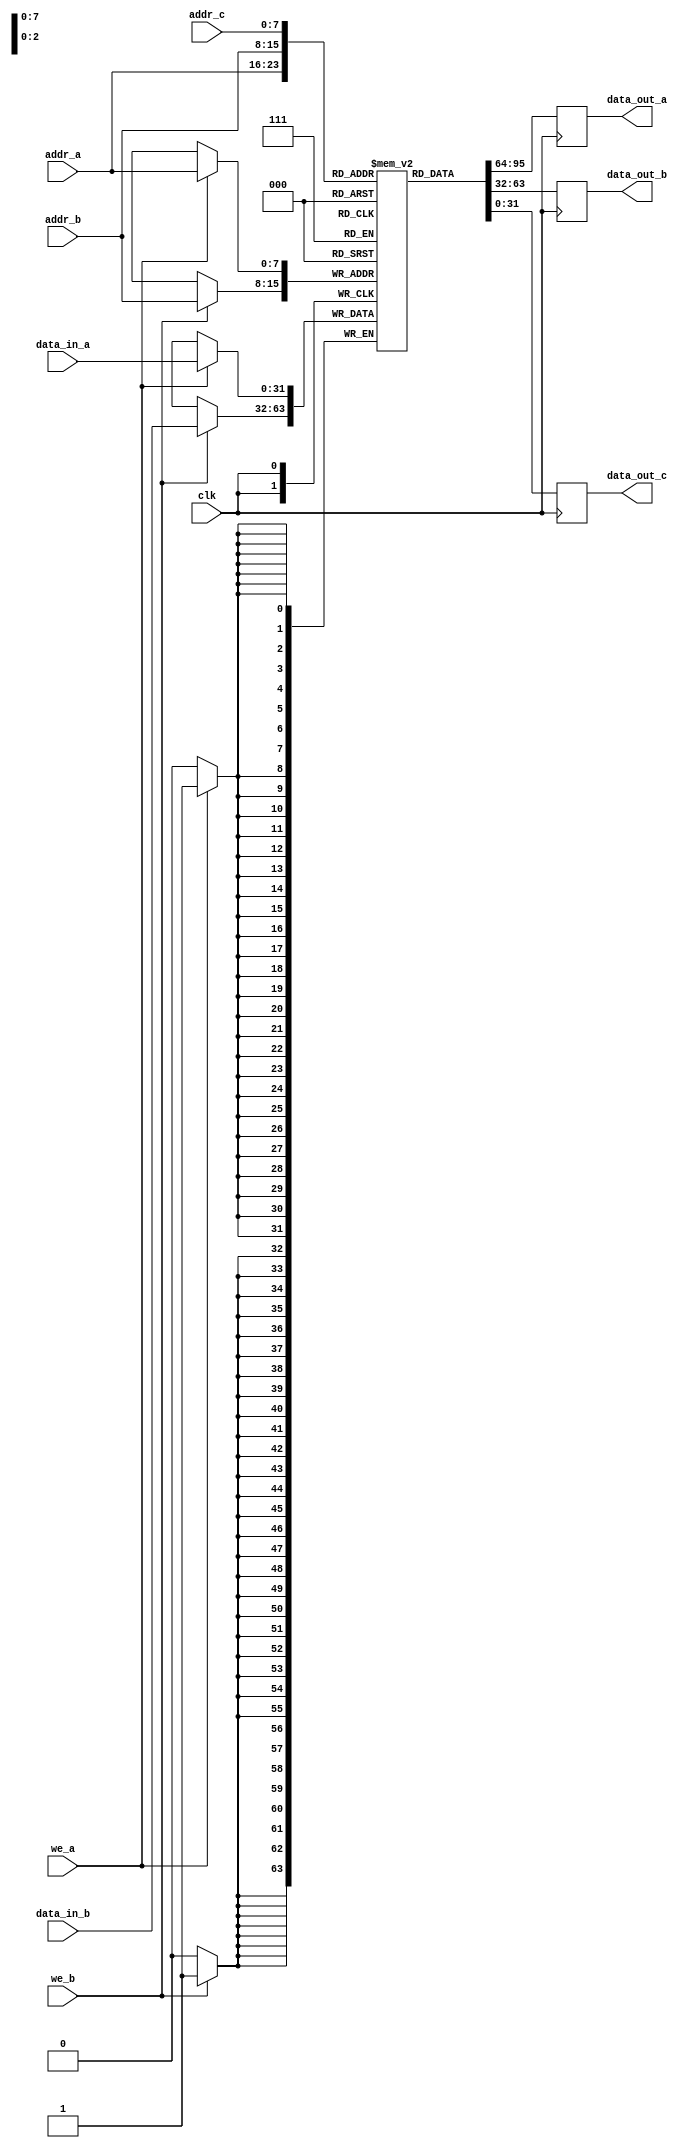
module tp_ram #(
    parameter addr_width = 8, // Address width
    parameter data_width = 32 // Data width
) (
    input wire clk,            // Clock signal
    input wire we_a,          // Write enable for Port A
    input wire [addr_width-1:0] addr_a, // Address for Port A
    input wire [data_width-1:0] data_in_a, // Data input for Port A
    output reg [data_width-1:0] data_out_a, // Data output for Port A

    input wire we_b,          // Write enable for Port B
    input wire [addr_width-1:0] addr_b, // Address for Port B
    input wire [data_width-1:0] data_in_b, // Data input for Port B
    output reg [data_width-1:0] data_out_b, // Data output for Port B

    input wire [addr_width-1:0] addr_c, // Address for Port C
    output reg [data_width-1:0] data_out_c // Data output for Port C
);

    // Memory array declaration
    reg [data_width-1:0] mem_array [0:(1 << addr_width) - 1];

    // Initialization block (optional)
    initial begin
        // You can initialize the memory with specific values here, if needed
        // Example: mem_array[0] = 32'hDEADBEEF;
    end

    // Port A and Port B write operations
    always @(posedge clk) begin
        // Handle write for Port A
        if (we_a) begin
            mem_array[addr_a] <= data_in_a;
        end
        // Handle write for Port B
        if (we_b) begin
            mem_array[addr_b] <= data_in_b;
        end
    end

    // Read operations
    always @(posedge clk) begin
        // Read data for Port A
        data_out_a <= mem_array[addr_a];
        // Read data for Port B
        data_out_b <= mem_array[addr_b];
        // Read data for Port C
        data_out_c <= mem_array[addr_c];
    end

endmodule